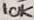
Text: 10K